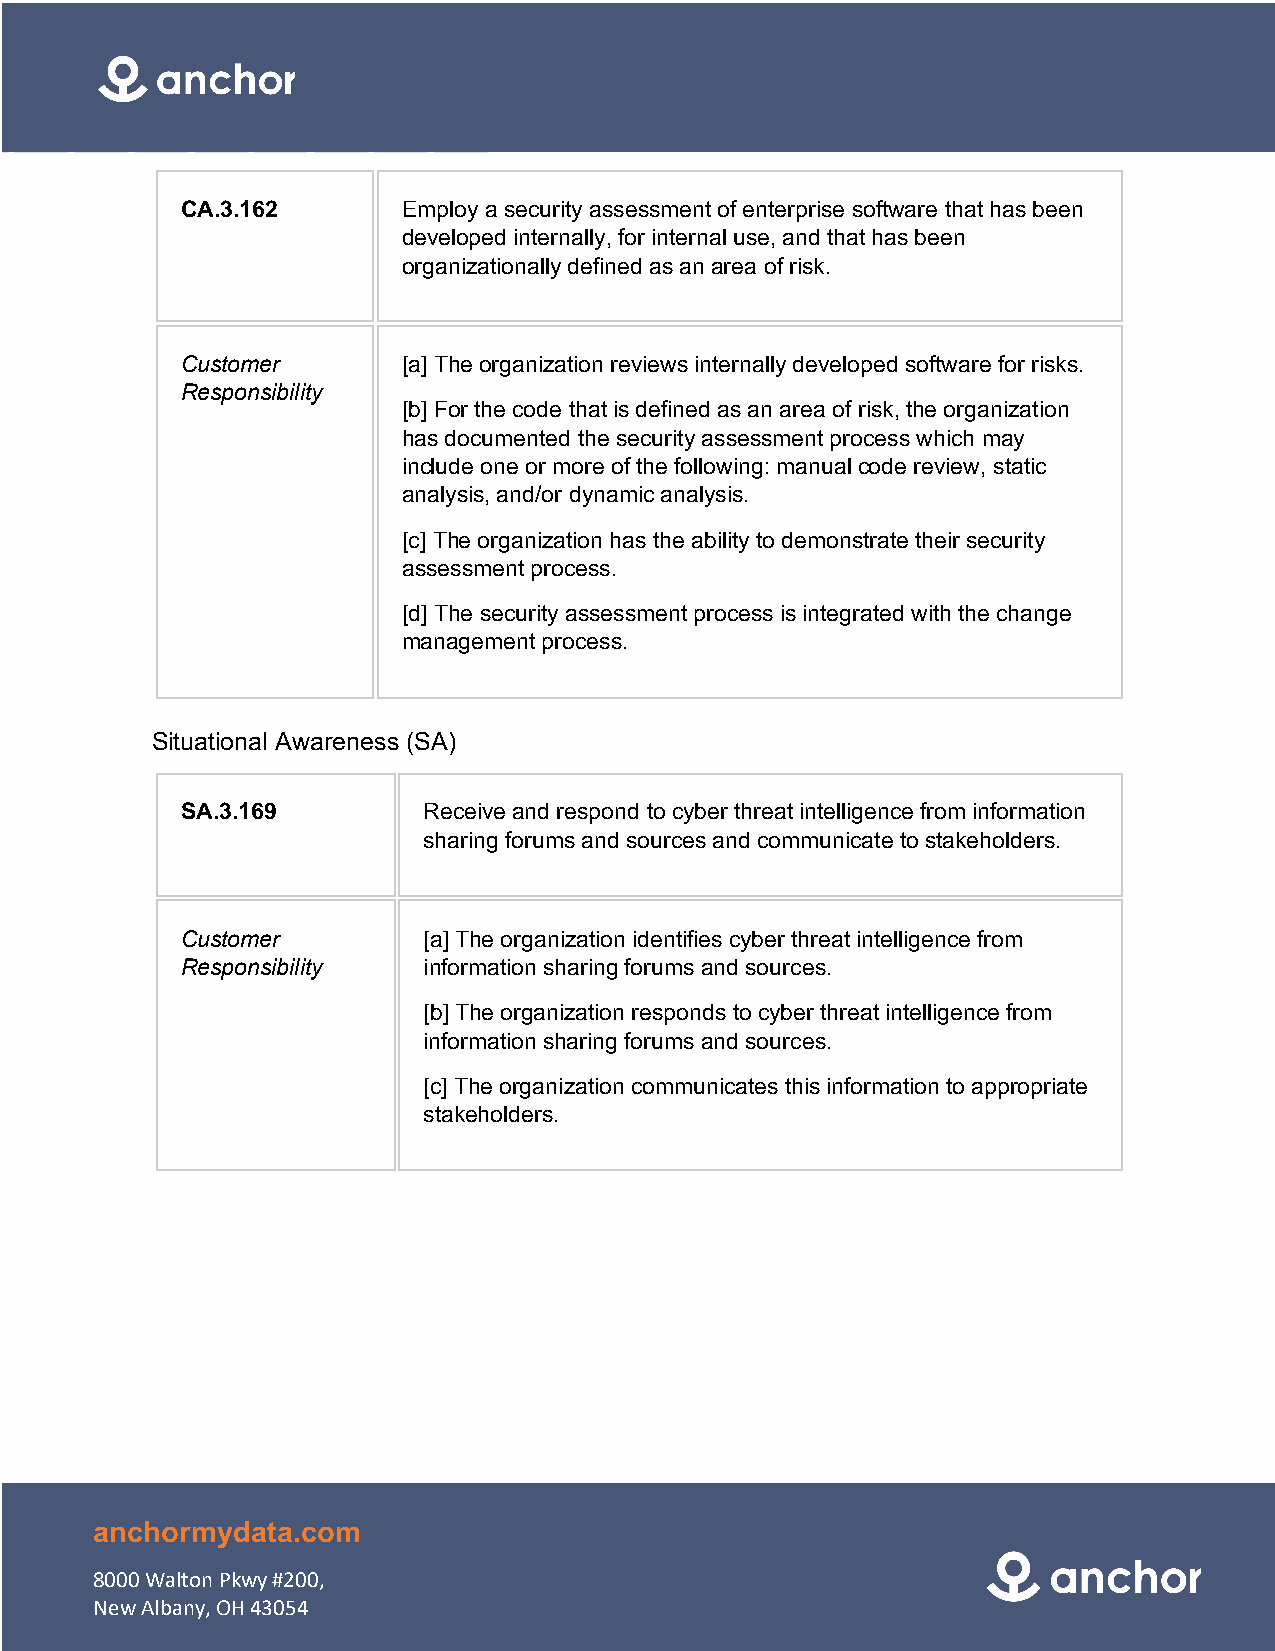
CA.3.162       Employ a security assessment of enterprise software that has been
 developed internally, for internal use, and that has been
 organizationally defined as an area of risk.
 Customer       [a] The organization reviews internally developed software for risks.
 Responsibility
 [b] For the code that is defined as an area of risk, the organization
 has documented the security assessment process which may
 include one or more of the following: manual code review, static
 analysis, and/or dynamic analysis.
 [c] The organization has the ability to demonstrate their security
 assessment process.
 [d] The security assessment process is integrated with the change
 management process.
 Situational Awareness (SA)
 SA.3.169        Receive and respond to cyber threat intelligence from information
 sharing forums and sources and communicate to stakeholders.
 Customer        [a] The organization identifies cyber threat intelligence from
 Responsibility  information sharing forums and sources.
 [b] The organization responds to cyber threat intelligence from
 information sharing forums and sources.
 [c] The organization communicates this information to appropriate
 stakeholders.
 anchormydata.com
 8000 Walton Pkwy #200,
 New Albany, OH 43054